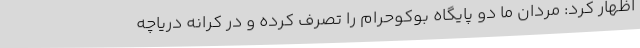
اظهار کرد: مردان ما دو پایگاه بوکوحرام را تصرف کرده و در کرانه دریاچه